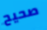
صحيح